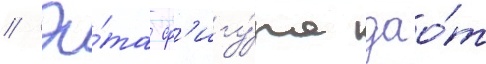
// Э́та ф'игу́ра дао́т